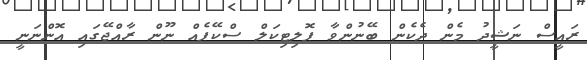
ރައީސް ނަޝީދު މެން ދެކެން ބޭނުންވާ ޕޮލިޓިކަލް ސްކޭޕެއް ނޫން ރާއްޖޭގައި އޮންނަނީ